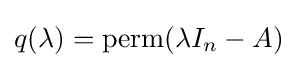
q(\lambda )=\operatorname {perm} (\lambda I_{n}-A)